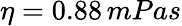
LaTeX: \eta=0.88\, mPas